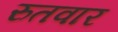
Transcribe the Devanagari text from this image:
रुतवार